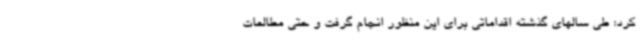
کرد: طی سالهای گذشته اقداماتی برای این منظور انجام گرفت و حتی مطالعات